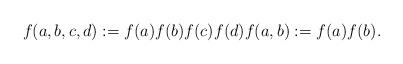
LaTeX: \begin{align*} f(a,b,c,d) := f(a)f(b)f(c)f(d) f(a,b) := f(a)f(b).\end{align*}